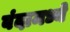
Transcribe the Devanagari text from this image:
बंदामध्ये